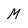
Character: M